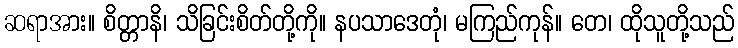
ဆရာအား။ စိတ္တာနိ၊ သိခြင်းစိတ်တို့ကို။ နပသာဒေတုံ၊ မကြည်ကုန်။ တေ၊ ထိုသူတို့သည်